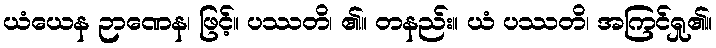
ယံယေန ဉာဏေန၊ ဖြင့်။ ပဿတိ၊ ၏။ တနည်း။ ယံ ပဿတိ၊ အကြင်ရှု၏။